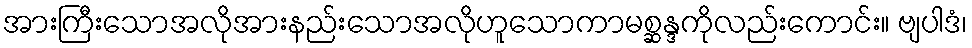
အားကြီးသောအလိုအားနည်းသောအလိုဟူသောကာမစ္ဆန္ဒကိုလည်းကောင်း။ ဗျပါဒံ၊